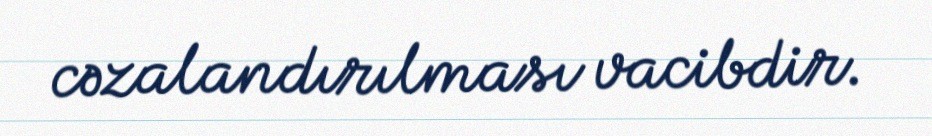
cəzalandırılması vacibdir.